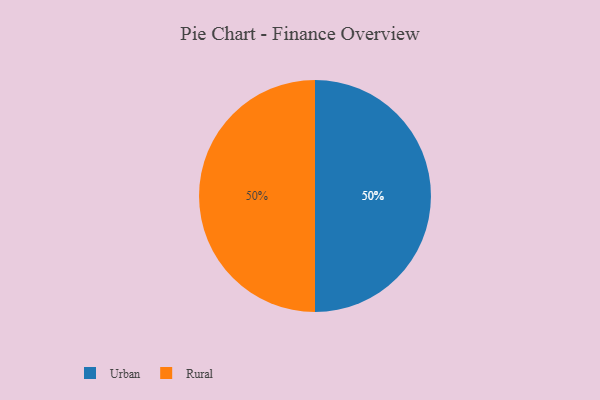
{"axis": {"x": "Category", "y": "Percentage"}, "legend": ["Rural", "Urban"], "data": [{"x": "Urban", "y": 50, "type": "Urban"}, {"x": "Rural", "y": 50, "type": "Rural"}]}